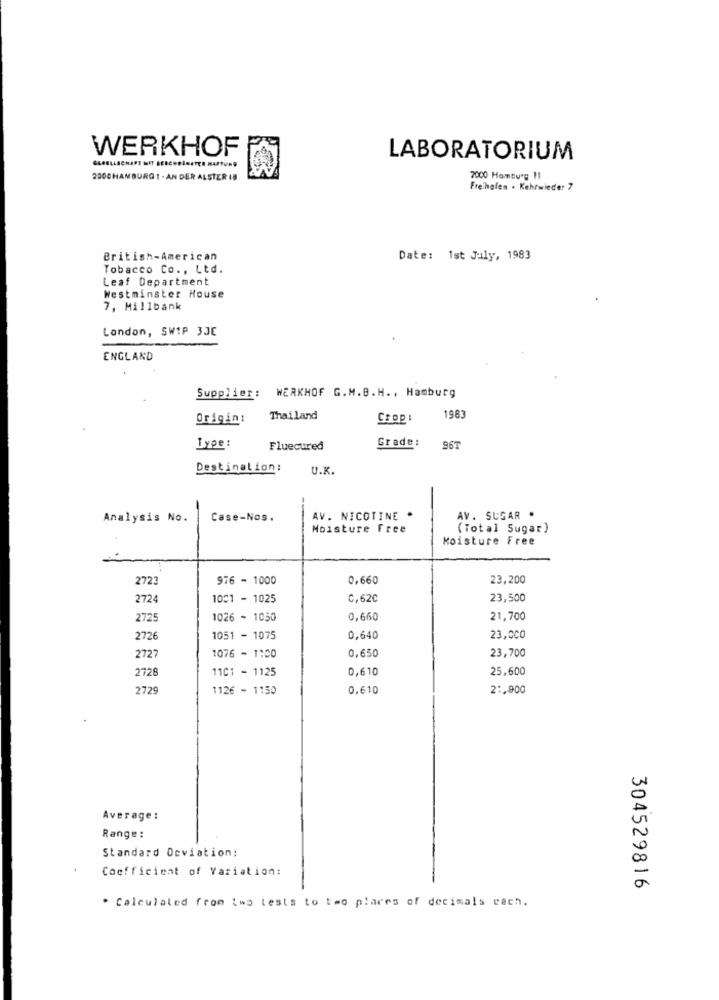
WERKHOF
LABORATORIUM
2000HAMBURG 1 . AN DER ALSTER 18
7000 Hamburg 11
Freihafen . Kehrwieder 7
British-American
Date: 1st July, 1983
Tobacco Co ., Ltd.
Leaf Department
Westminster House
7, Millbank
London, SWIP 3JE
ENGLAND
Supplier: WERKHOF G.M.B.H. , Hamburg
Origin:
Thailand
Crop:
1983
Grade:
Type:
Fluecured
96T
Destination :
U.K.
Analysis No.
Case-Nos.
AV. NICOTINE
AV. SUGAR .
Moisture Free
(Total Sugar)
Moisture Free
2723
976 - 1000
0,660
23,200
2724
1001 - 1025
C,62C
23,500
2725
1026 - 1050
0,660
21,700
2726
1051 - 1075
0,640
23,000
0,650
23,700
2727
1076 - 1100
2728
1101 - 1125
0,610
25,600
2729
1126 - 1:50
0,610
2 :. 900
Average :
Range:
Standard Deviation:
Coefficient of Variation:
304529816
. Calculated from two tests to two plares of decimals each.